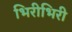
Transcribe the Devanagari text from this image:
भिरीभिरी